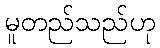
မူတည်သည်ဟု